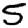
Digit: 5